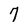
Character: 7